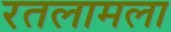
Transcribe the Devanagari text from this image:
रतलामला